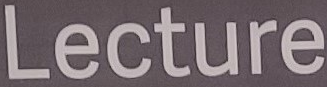
Lecture